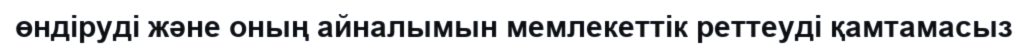
өндіруді және оның айналымын мемлекеттік реттеуді қамтамасыз